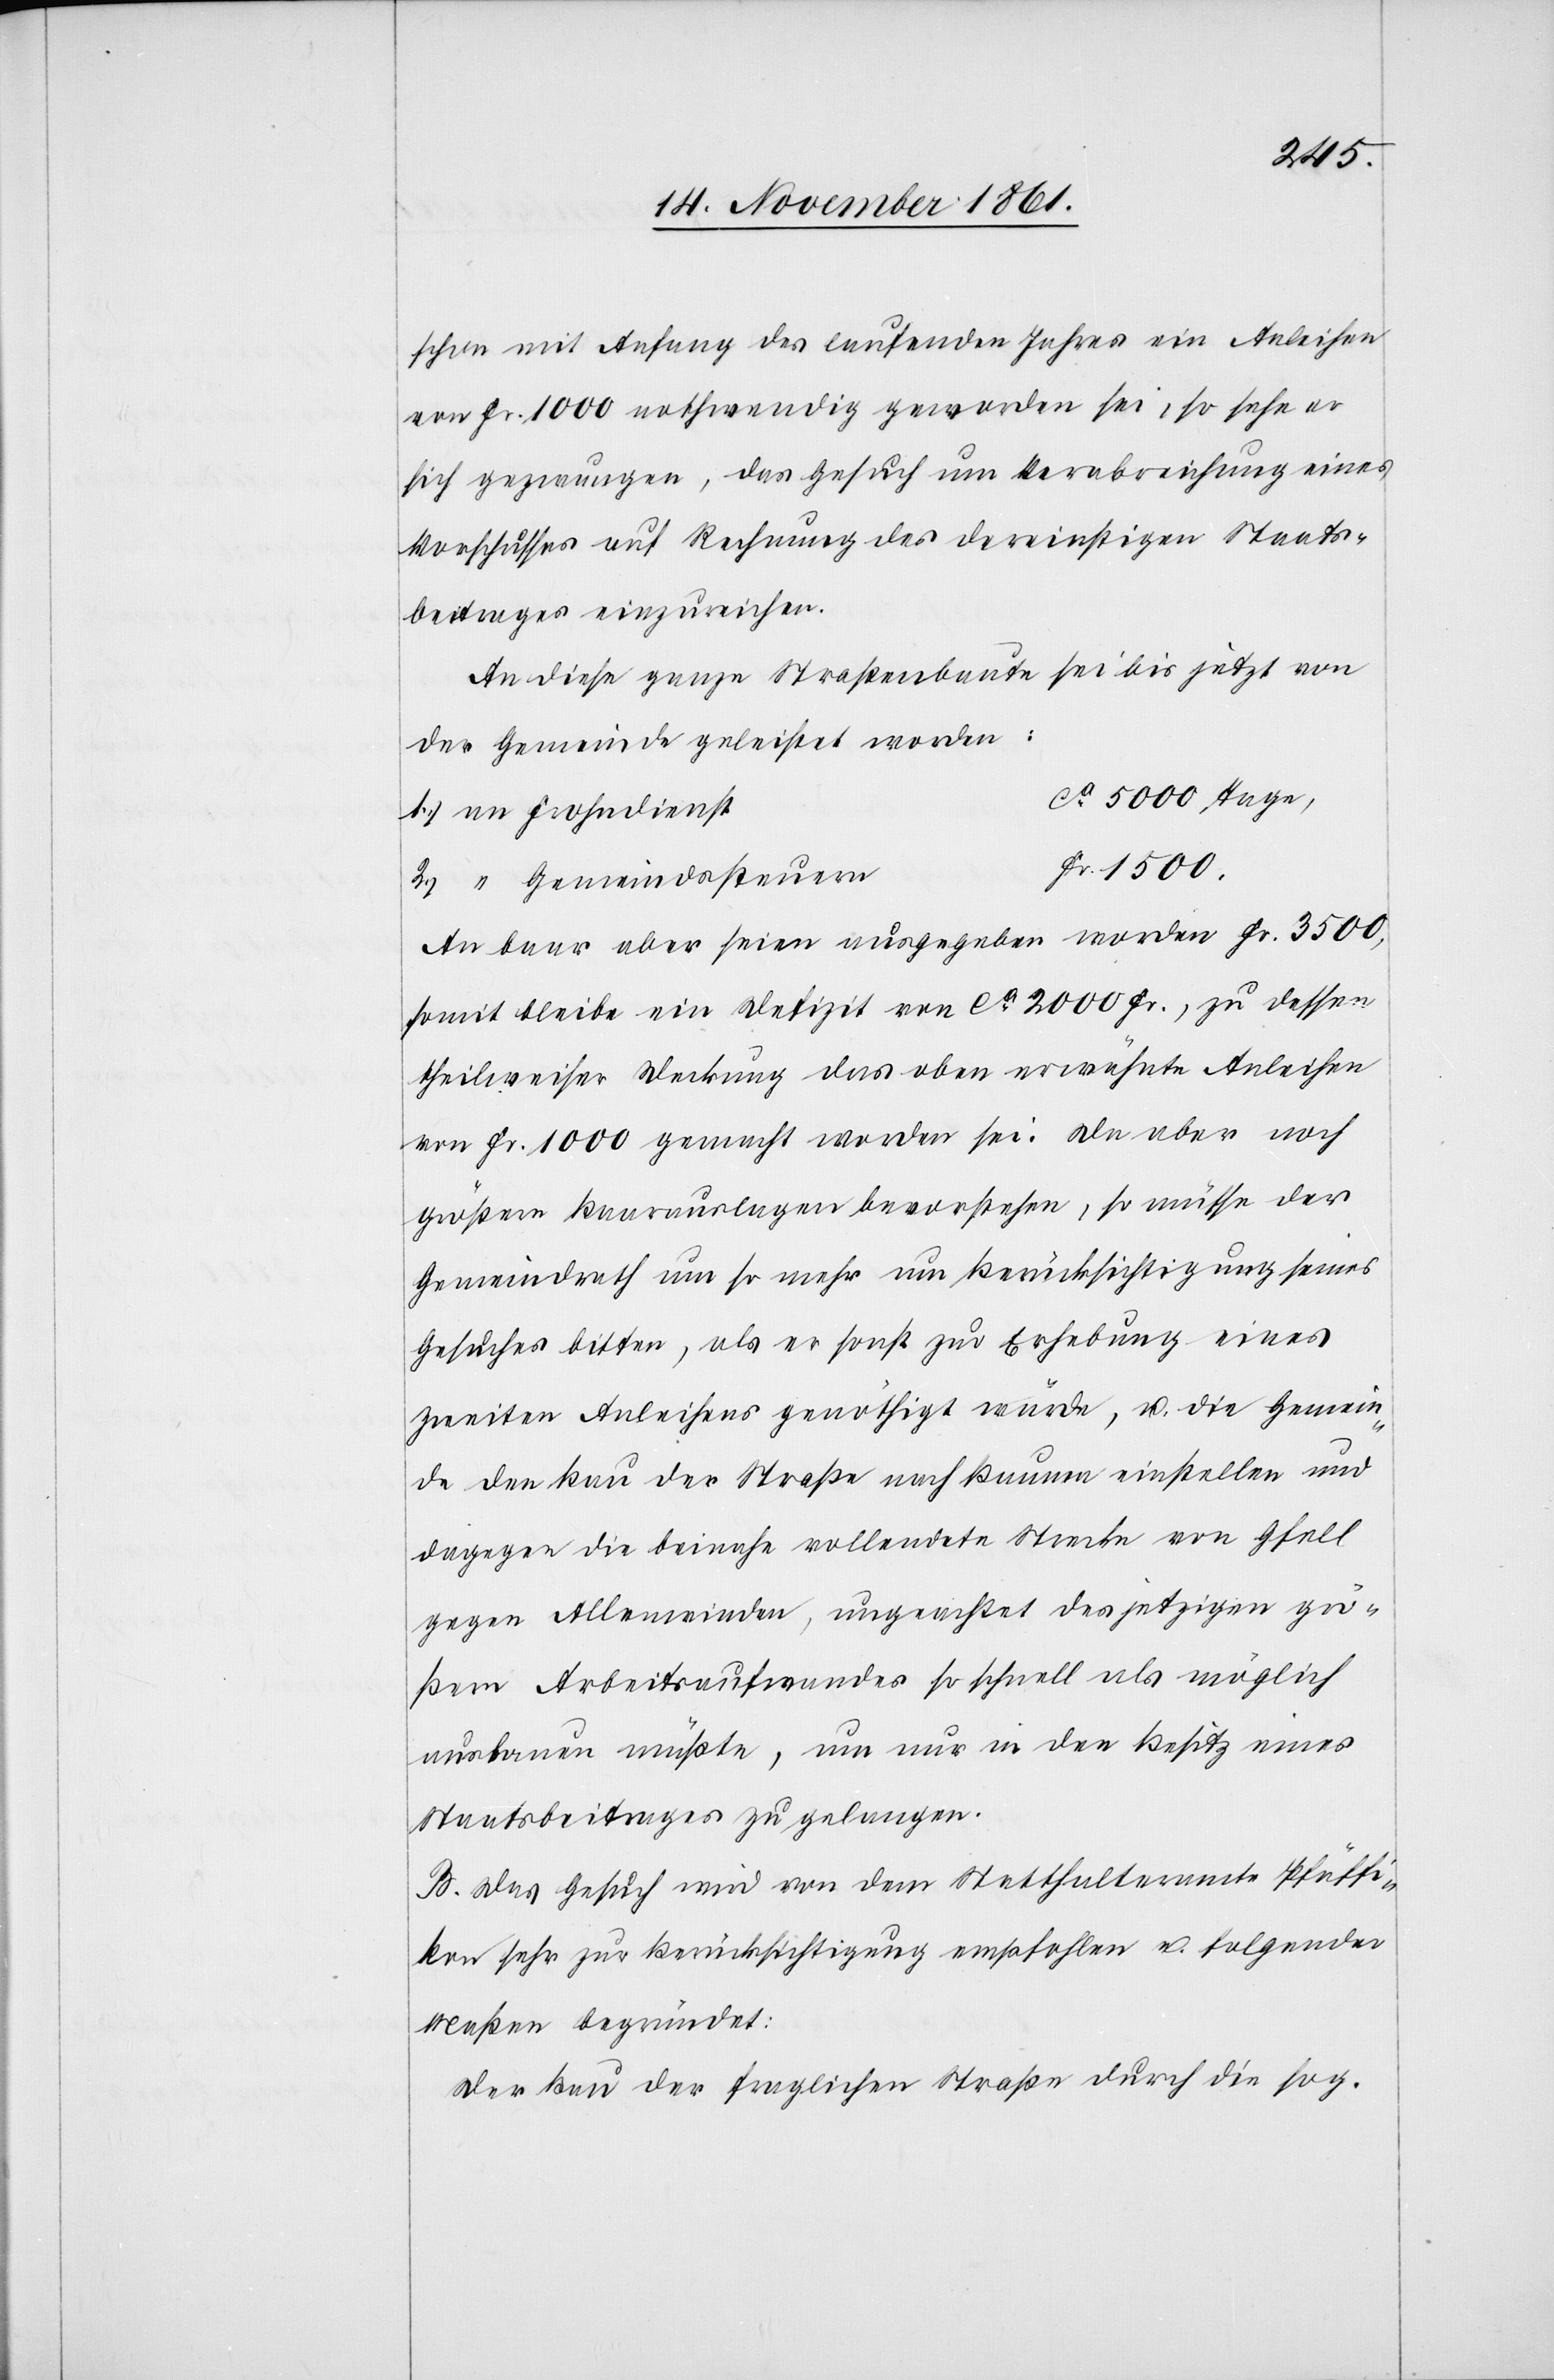
schon mit Anfang des laufenden Jahres ein Anleihen
von Fr. 1000 nothwendig geworden sei, so sehe er
sich gezwungen, das Gesuch um Verabreichung eines
Vorschusses auf Rechnung des dereinstigen Staats¬
beitrages einzureichen.
An diese ganze Straßenbaute sei bis jetzt von
der Gemeinde geleistet worden:
5000 Tage,
An baar aber seien ausgegeben worden Fr. 3500,
somit bleibe ein Defizit von ca 2000 Fr., zu dessen
theilweiser Deckung das oben erwähnte Anleihen
von Fr. 1000 gemacht worden sei. Da aber noch
größere Baarauslagen bevorstehen, so müsse der
Gemeindrath um so mehr um Berücksichtigung seines
Gesuches bitten, als er sonst zur Erhebung eines
zweiten Anleihens genöthigt würde, u. die Gemein¬
de den Bau der Straße nach Bauma einstellen und
dagegen die beinahe vollendete Strecke von Gfell
gegen Allenwinden, ungeachtet des jetzigen grö¬
ßern Arbeitsaufwandes so schnell als möglich
ausbauen müßte, um nur in den Besitz eines
Staatsbeitrages zu gelangen.
B. Das Gesuch wird von dem Statthalteramte Pfäffi¬
kon sehr zur Berücksichtigung empfohlen u. folgender
Maßen begründet:
Der Bau der fraglichen Straße durch die sog.